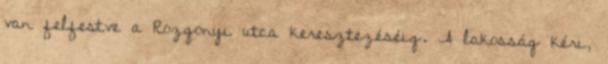
van felfestve a Rozgonyi utca keresztezéséig. A lakosság kéri,